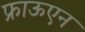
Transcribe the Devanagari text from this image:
फ्राऊएन